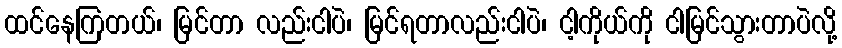
ထင်နေကြတယ်၊ မြင်တာ လည်းငါပဲ၊ မြင်ရတာလည်းငါပဲ၊ ငါ့ကိုယ်ကို ငါမြင်သွားတာပဲလို့